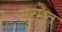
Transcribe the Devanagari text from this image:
मुरमंत